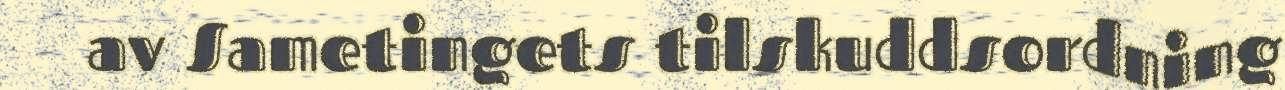
av Sametingets tilskuddsordning